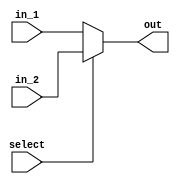
`timescale 1ns / 1ps
//////////////////////////////////////////////////////////////////////////////////
// Company: 
// Engineer: 
// 
// Design Name: 
// Module Name:    mux 
// Project Name: 
// Target Devices: 
// Tool versions: 
// Description: 
//
// Dependencies: 
//
// Revision: 
// Revision 0.01 - File Created
// Additional Comments: 
//
//////////////////////////////////////////////////////////////////////////////////
module mux(
	in_1,
	in_2,
	select,
	out
    );

input [4:0] in_1;
input [4:0]in_2;
input select;
output [4:0] out;

assign out = (select) ? in_2 : in_1;

endmodule